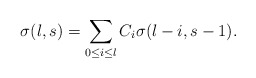
\begin{align*} \sigma(l,s)=\sum_{0 \leq i \leq l}{C_i\sigma(l-i,s-1)}.\end{align*}